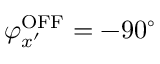
\varphi _ { x ^ { \prime } } ^ { \mathrm { { O F F } } } = - 9 0 ^ { \circ }